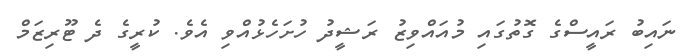
ނައިބު ރައީސްގެ ގޮތުގައި މުއައްވިޒު ރަޝީދު ހުށަހެޅުއްވި އެވެ. ކުރީގެ ދެ ޓޫރިޒަމް